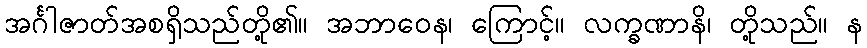
အင်္ဂါဇာတ်အစရှိသည်တို့၏။ အဘာဝေန၊ ကြောင့်။ လက္ခဏာနိ၊ တို့သည်။ န